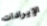
الإيرادات